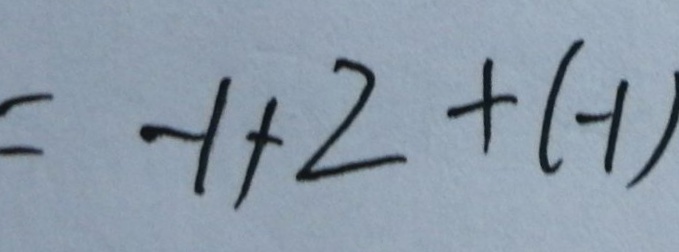
= - 1 + 2 + ( - 1 )